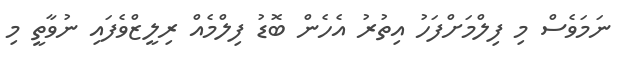
ނަމަވެސް މި ފިލްމަށްފަހު އިތުރު އެހެން ބޮޑު ފިލްމެއް ރިލީޒްވެފައި ނުވާތީ މި